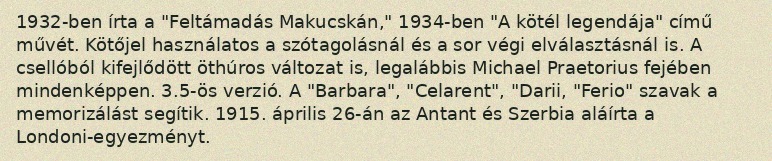
1932-ben írta a "Feltámadás Makucskán," 1934-ben "A kötél legendája" című művét. Kötőjel használatos a szótagolásnál és a sor végi elválasztásnál is. A csellóból kifejlődött öthúros változat is, legalábbis Michael Praetorius fejében mindenképpen. 3.5-ös verzió. A "Barbara", "Celarent", "Darii, "Ferio" szavak a memorizálást segítik. 1915. április 26-án az Antant és Szerbia aláírta a Londoni-egyezményt.